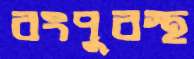
রংপুরস্থ